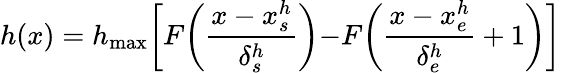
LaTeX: h(x)=h_{\mathrm{max}}\biggl[F\biggl(\frac{x-x_{s}^{h}}{\delta_{s}^{h}}\biggl)-F\biggl(\frac{x-x_{e}^{h}}{\delta_{e}^{h}}+1\biggl)\biggl]